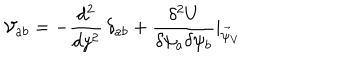
{ \cal V } _ { a b } = - \frac { d ^ { 2 } } { d y ^ { 2 } } \, \delta _ { a b } + \frac { \delta ^ { 2 } U } { \delta \psi _ { a } \delta \psi _ { b } } | _ { \vec { \psi } _ { V } }